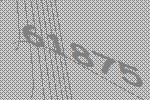
61875